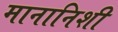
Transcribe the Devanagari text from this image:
मानानिशी